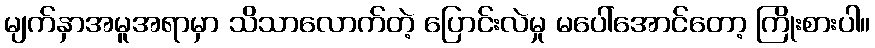
မျက်နှာအမူအရာမှာ သိသာလောက်တဲ့ ပြောင်းလဲမှု မပေါ်အောင်တော့ ကြိုးစားပါ။